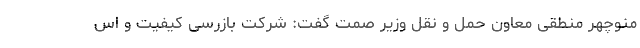
منوچهر منطقی معاون حمل و نقل وزیر صمت گفت: شرکت بازرسی کیفیت و اس